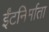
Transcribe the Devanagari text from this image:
ईंटनिर्माता